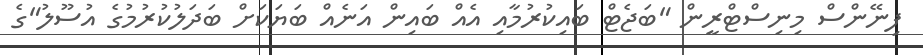
ފިނޭންސް މިނިސްޓްރީން "ބަޖެޓް ބައިކުރުމާއި އެއް ބައިން އަނެއް ބަޔަކަށް ބަދަލުކުރުމުގެ އުސޫލު"ގެ